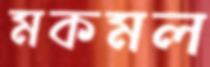
মকমল